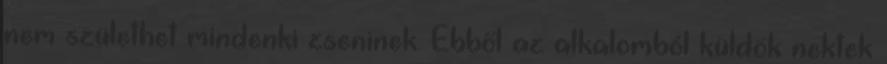
nem születhet mindenki zseninek. Ebből az alkalomból küldök nektek